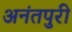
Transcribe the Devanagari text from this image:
अनंतपुरी